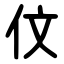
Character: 伩